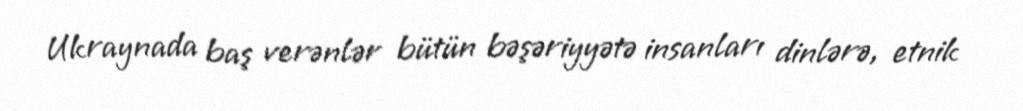
Ukraynada baş verənlər bütün bəşəriyyətə insanları dinlərə, etnik